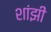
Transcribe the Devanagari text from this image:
शांझी